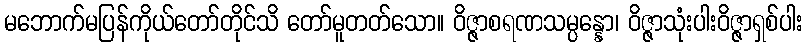
မဘောက်မပြန်ကိုယ်တော်တိုင်သိ တော်မူတတ်သော။ ဝိဇ္ဇာစရဏသမ္ပန္နော၊ ဝိဇ္ဇာသုံးပါးဝိဇ္ဇာရှစ်ပါး